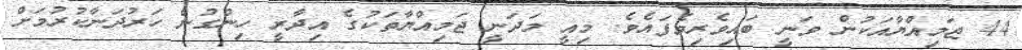
44 ޖަމިއްޔާއަކުން ވަނީ ބައިވެރިވެފައެވެ. މިއީ މަދަނީ ޖަމިއްޔާތަކުގެ އިދާރީ ހިންގުން ހަރުދަނާކުރުމަށް